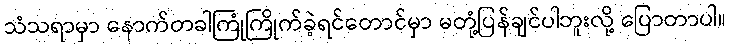
သံသရာမှာ နောက်တခါကြုံကြိုက်ခဲ့ရင်တောင်မှာ မတုံ့ပြန်ချင်ပါဘူးလို့ ပြောတာပါ။